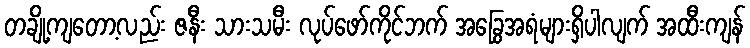
တချို့ကျတော့လည်း ဇနီး သားသမီး လုပ်ဖော်ကိုင်ဘက် အခြွေအရံများရှိပါလျက် အထီးကျန်